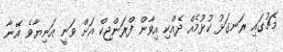
މެޗުގައި ރަނގަޅު ކުޅުމެއް ދެއްކި އިވާން ފްރަންޖިކް އަށް ވަނީ އަނިޔާވެ އޭނާ